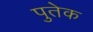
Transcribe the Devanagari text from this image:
पुतेक